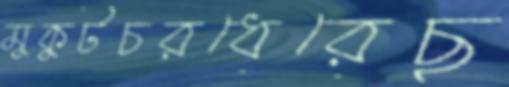
মুকুটচরধেরেছ